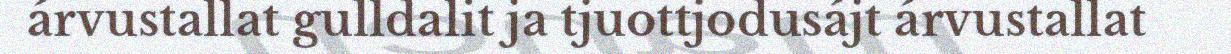
árvustallat gulldalit ja tjuottjodusájt árvustallat